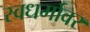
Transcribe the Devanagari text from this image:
स्वधर्मावर